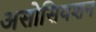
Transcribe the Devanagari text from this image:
असोसियशन